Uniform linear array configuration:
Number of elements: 32
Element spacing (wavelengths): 1
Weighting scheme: cosine
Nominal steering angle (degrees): -60
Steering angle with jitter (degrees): -60.268
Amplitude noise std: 0.05
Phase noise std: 0.05

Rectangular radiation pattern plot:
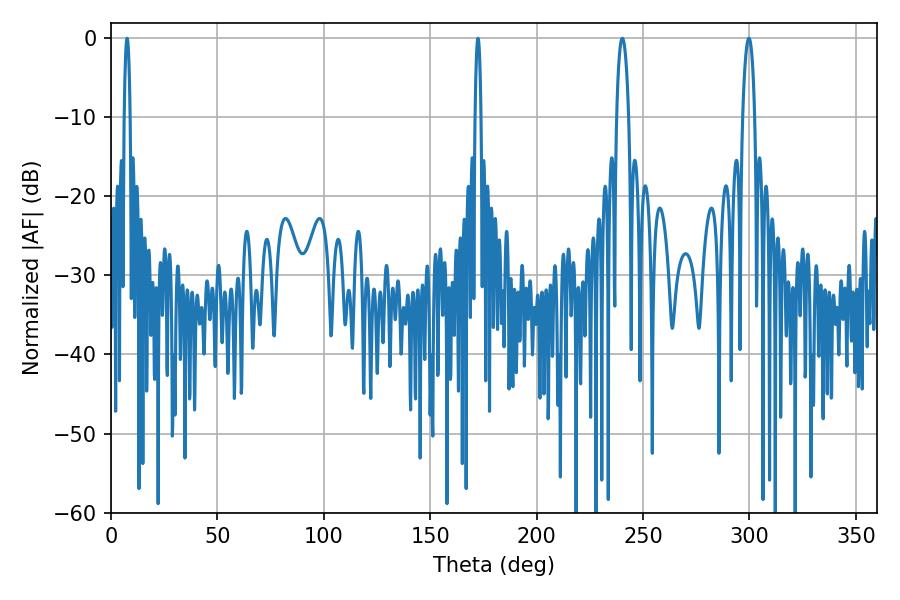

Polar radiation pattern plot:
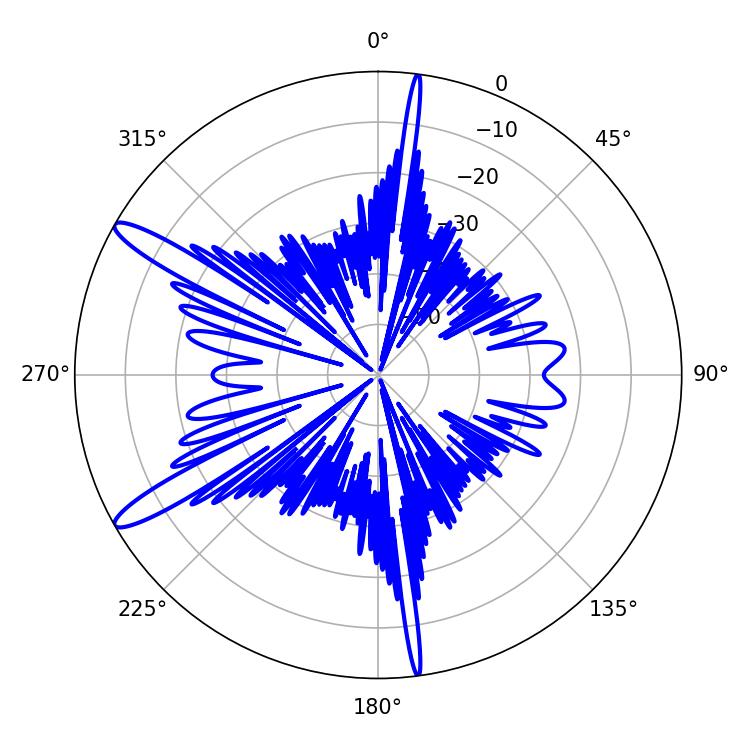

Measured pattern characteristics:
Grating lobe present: TRUE
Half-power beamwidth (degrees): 1.44
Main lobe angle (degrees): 7.56